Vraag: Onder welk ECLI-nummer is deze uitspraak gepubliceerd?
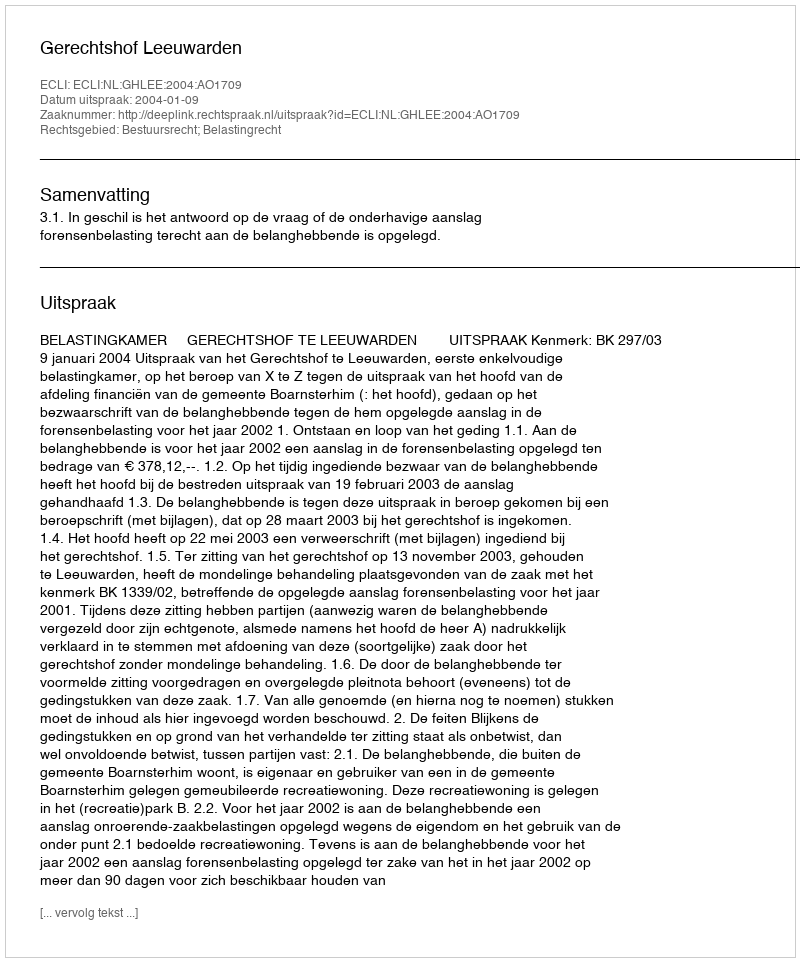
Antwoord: ECLI:NL:GHLEE:2004:AO1709